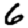
Digit: 6